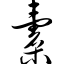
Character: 橐